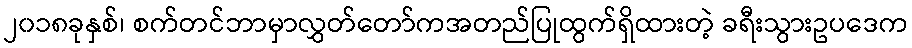
၂၀၁၈ခုနှစ်၊ စက်တင်ဘာမှာလွှတ်တော်ကအတည်ပြုထွက်ရှိထားတဲ့ ခရီးသွားဥပဒေက